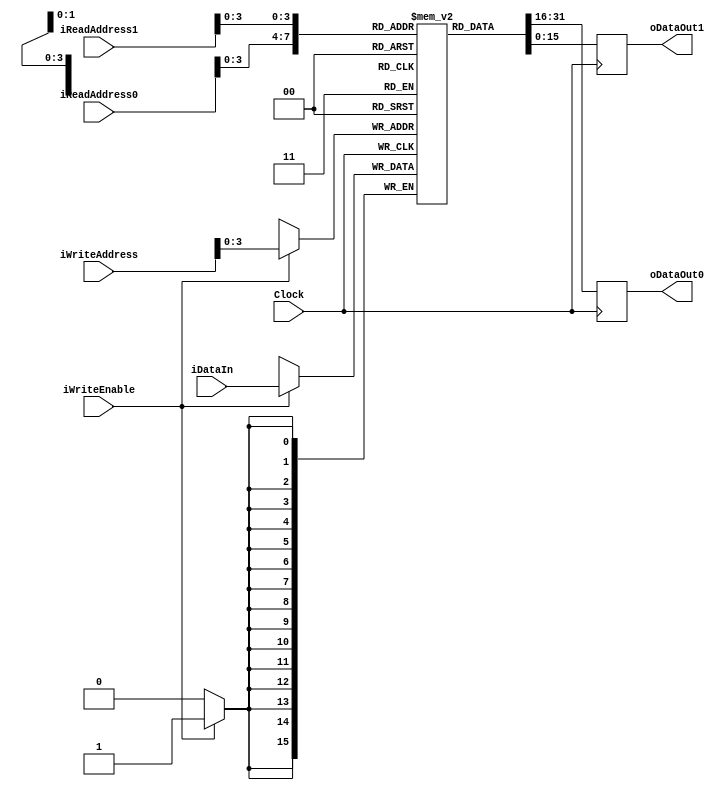
`timescale 1ns / 1ps

module RAM_DUAL_READ_PORT # ( parameter DATA_WIDTH= 16, parameter ADDR_WIDTH=8, parameter MEM_SIZE=8 )
   (
    input wire 			Clock,
    input wire 			iWriteEnable,
    input wire [ADDR_WIDTH-1:0] iReadAddress0,
    input wire [ADDR_WIDTH-1:0] iReadAddress1,
    input wire [ADDR_WIDTH-1:0] iWriteAddress,
    input wire [DATA_WIDTH-1:0] iDataIn,
    output reg [DATA_WIDTH-1:0] oDataOut0,
    output reg [DATA_WIDTH-1:0] oDataOut1
    );

   reg [DATA_WIDTH-1:0] 	Ram [MEM_SIZE:0];		

   always @(posedge Clock) 
      begin 
	 
	 if (iWriteEnable) 
	    Ram[iWriteAddress] <= iDataIn; 
	 	 
	 oDataOut0 <= Ram[iReadAddress0]; 
	 oDataOut1 <= Ram[iReadAddress1]; 
      end 
endmodule

module RAM_SINGLE_READ_PORT # ( parameter DATA_WIDTH= 16, 
				parameter ADDR_WIDTH=8, 
				parameter MEM_SIZE=8, 
				parameter MEM_INIT=0) 
   ( 
     input wire 		 Clock, 
     input wire 		 iWriteEnable, 
     input wire [ADDR_WIDTH-1:0] iReadAddress, 
     input wire [ADDR_WIDTH-1:0] iWriteAddress, 
     input wire [DATA_WIDTH-1:0] iDataIn, 
     output reg [DATA_WIDTH-1:0] oDataOut
     );
   
   reg [DATA_WIDTH-1:0] 	 Ram [MEM_SIZE:0]; 

   integer 				 i;
   
   // initial 
   //    begin
   // 	 for (i = 0; i < MEM_SIZE; i=i+1) Ram[i] = MEM_INIT; 
   //    end
   
   always @(posedge Clock) 
      begin 
	 if (iWriteEnable) 
	    Ram[iWriteAddress] <= iDataIn; 

	 oDataOut <= Ram[iReadAddress]; 
      end 

endmodule

module RAM_SINGLE_READ_PORT_2D # ( parameter DATA_WIDTH=4,
				   parameter ADDR_WIDTH_X=8,
				   parameter ADDR_WIDTH_Y=8, 
				   parameter MEM_SIZE_X=256,
				   parameter MEM_SIZE_Y=256
				   )
   (
    input wire 			  Clock, 
    input wire 			  iWriteEnable, 
    input wire [ADDR_WIDTH_X-1:0] iReadAddressX,
    input wire [ADDR_WIDTH_Y-1:0] iReadAddressY,
    input wire [ADDR_WIDTH_X-1:0] iWriteAddressX,
    input wire [ADDR_WIDTH_Y-1:0] iWriteAddressY,
    input wire [DATA_WIDTH-1:0]   iDataIn, 
    output reg [DATA_WIDTH-1:0]   oDataOut
    );

   reg [DATA_WIDTH-1:0] Ram [MEM_SIZE_Y-1:0][MEM_SIZE_X-1:0];

   always @(posedge Clock)
      begin
	 if (iWriteEnable)
	    Ram[iWriteAddressY][iWriteAddressX] <= iDataIn;

	 oDataOut <= Ram[iReadAddressY][iReadAddressX];
      end

endmodule